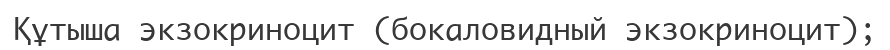
Құтыша экзокриноцит (бокаловидный экзокриноцит);